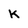
Character: K